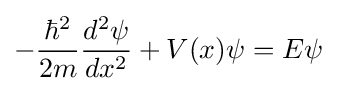
-{\frac {\hbar ^{2}}{2m}}{\frac {d^{2}\psi }{dx^{2}}}+V(x)\psi =E\psi